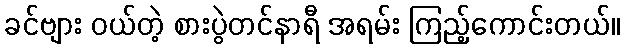
ခင်ဗျား ဝယ်တဲ့ စားပွဲတင်နာရီ အရမ်း ကြည့်ကောင်းတယ်။